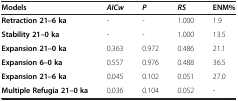
<table><thead><tr><td><b>Models</b></td><td><b><i>AICw</i></b></td><td><b><i>P</i></b></td><td><b><i>RS</i></b></td><td><b>ENM%</b></td></tr></thead><tbody><tr><td><b>Retraction 21–6 ka</b></td><td>-</td><td>-</td><td>1.000</td><td>1.9</td></tr><tr><td><b>Stability 21–0 ka</b></td><td>-</td><td>-</td><td>1.000</td><td>13.5</td></tr><tr><td><b>Expansion 21–0 ka</b></td><td>0.363</td><td>0.972</td><td>0.486</td><td>21.1</td></tr><tr><td><b>Expansion 6–0 ka</b></td><td>0.557</td><td>0.976</td><td>0.488</td><td>36.5</td></tr><tr><td><b>Expansion 21–6 ka</b></td><td>0.045</td><td>0.102</td><td>0.051</td><td>27.0</td></tr><tr><td><b>Multiple Refugia 21–0 ka</b></td><td>0.036</td><td>0.104</td><td>0.052</td><td>-</td></tr></tbody></table>